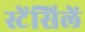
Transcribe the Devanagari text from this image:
स्टेंसिलें